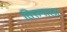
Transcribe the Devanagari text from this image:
तिरूमाला